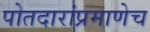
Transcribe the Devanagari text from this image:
पोतदारांप्रमाणेच